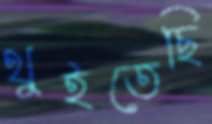
থুইতেছি